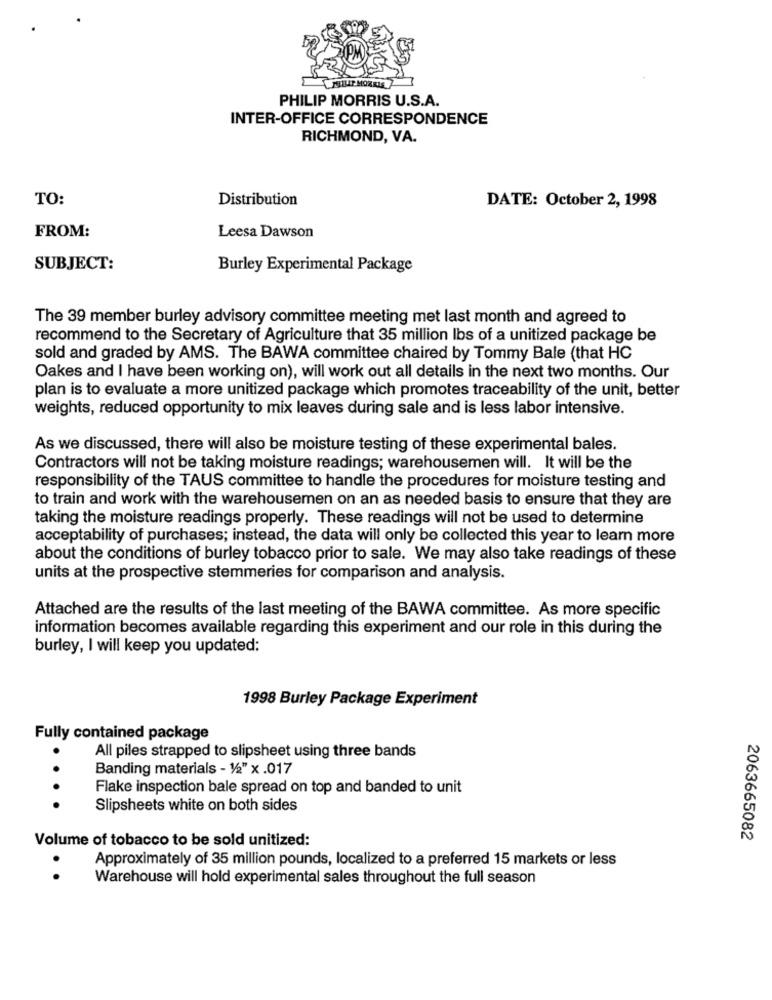
LIP MORRIE
PHILIP MORRIS U.S.A.
INTER-OFFICE CORRESPONDENCE
RICHMOND, VA.
TO:
Distribution
DATE: October 2, 1998
Leesa Dawson
FROM:
SUBJECT:
Burley Experimental Package
The 39 member burley advisory committee meeting met last month and agreed to
recommend to the Secretary of Agriculture that 35 million Ibs of a unitized package be
sold and graded by AMS. The BAWA committee chaired by Tommy Bale (that HC
Oakes and I have been working on), will work out all details in the next two months. Our
plan is to evaluate a more unitized package which promotes traceability of the unit, better
weights, reduced opportunity to mix leaves during sale and is less labor intensive.
As we discussed, there will also be moisture testing of these experimental bales.
Contractors will not be taking moisture readings; warehousemen will. It will be the
responsibility of the TAUS committee to handle the procedures for moisture testing and
to train and work with the warehousemen on an as needed basis to ensure that they are
taking the moisture readings properly. These readings will not be used to determine
acceptability of purchases; instead, the data will only be collected this year to learn more
about the conditions of burley tobacco prior to sale. We may also take readings of these
units at the prospective stemmeries for comparison and analysis.
Attached are the results of the last meeting of the BAWA committee. As more specific
information becomes available regarding this experiment and our role in this during the
burley, I will keep you updated:
1998 Burley Package Experiment
Fully contained package
All piles strapped to slipsheet using three bands
Banding materials - 1/2" x .017
Flake inspection bale spread on top and banded to unit
··· ·
Slipsheets white on both sides
Volume of tobacco to be sold unitized:
2063665082
Approximately of 35 million pounds, localized to a preferred 15 markets or less
. .
Warehouse will hold experimental sales throughout the full season